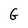
Character: G